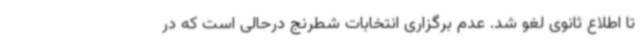
تا اطلاع ثانوی لغو شد. عدم برگزاری انتخابات شطرنج درحالی است که در